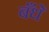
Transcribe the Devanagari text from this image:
बँधें